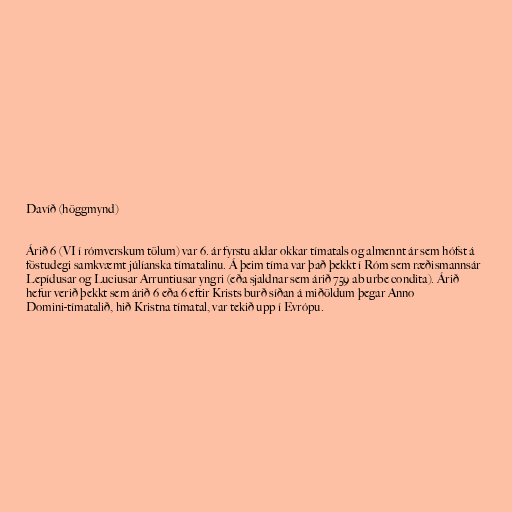
Davíð (höggmynd)

Árið 6 (VI í rómverskum tölum) var 6. ár fyrstu aldar okkar tímatals og almennt ár sem hófst á
föstudegi samkvæmt júlíanska tímatalinu. Á þeim tíma var það þekkt í Róm sem ræðismannsár
Lepídusar og Luciusar Arruntiusar yngri (eða sjaldnar sem árið 759 ab urbe condita). Árið
hefur verið þekkt sem árið 6 eða 6 eftir Krists burð síðan á miðöldum þegar Anno
Domini-tímatalið, hið Kristna tímatal, var tekið upp í Evrópu.